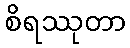
စိရဿုတာ